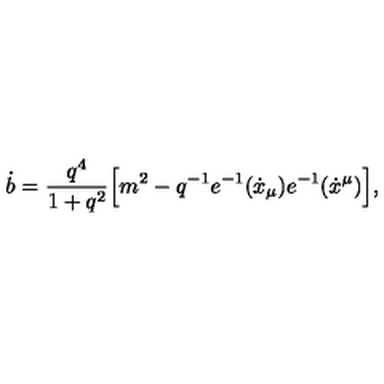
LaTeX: \dot { b } = \frac { q ^ { 4 } } { 1 + q ^ { 2 } } \Bigl [ m ^ { 2 } - q ^ { - 1 } e ^ { - 1 } ( \dot { x } _ { \mu } ) e ^ { - 1 } ( \dot { x } ^ { \mu } ) \Bigr ] ,